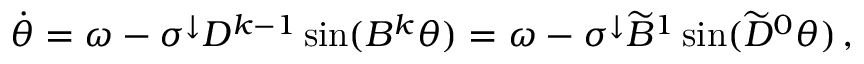
\begin{array} { r } { \Dot { \theta } = \omega - \sigma ^ { \downarrow } D ^ { k - 1 } \sin ( B ^ { k } \theta ) = \omega - \sigma ^ { \downarrow } \widetilde { B } ^ { 1 } \sin ( \widetilde { D } ^ { 0 } \theta ) \, , } \end{array}